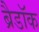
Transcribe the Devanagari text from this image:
ब्रैडॉक